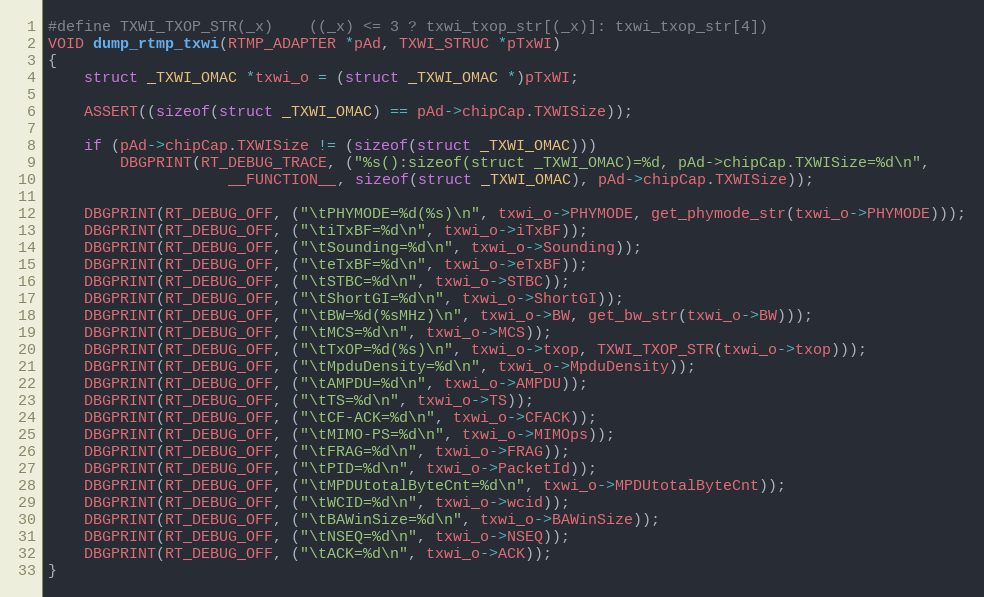
Language: C
#define TXWI_TXOP_STR(_x)	((_x) <= 3 ? txwi_txop_str[(_x)]: txwi_txop_str[4])
VOID dump_rtmp_txwi(RTMP_ADAPTER *pAd, TXWI_STRUC *pTxWI)
{
	struct _TXWI_OMAC *txwi_o = (struct _TXWI_OMAC *)pTxWI;

	ASSERT((sizeof(struct _TXWI_OMAC) == pAd->chipCap.TXWISize));

	if (pAd->chipCap.TXWISize != (sizeof(struct _TXWI_OMAC)))
		DBGPRINT(RT_DEBUG_TRACE, ("%s():sizeof(struct _TXWI_OMAC)=%d, pAd->chipCap.TXWISize=%d\n",
					__FUNCTION__, sizeof(struct _TXWI_OMAC), pAd->chipCap.TXWISize));

	DBGPRINT(RT_DEBUG_OFF, ("\tPHYMODE=%d(%s)\n", txwi_o->PHYMODE, get_phymode_str(txwi_o->PHYMODE)));
	DBGPRINT(RT_DEBUG_OFF, ("\tiTxBF=%d\n", txwi_o->iTxBF));
	DBGPRINT(RT_DEBUG_OFF, ("\tSounding=%d\n", txwi_o->Sounding));
	DBGPRINT(RT_DEBUG_OFF, ("\teTxBF=%d\n", txwi_o->eTxBF));
	DBGPRINT(RT_DEBUG_OFF, ("\tSTBC=%d\n", txwi_o->STBC));
	DBGPRINT(RT_DEBUG_OFF, ("\tShortGI=%d\n", txwi_o->ShortGI));
	DBGPRINT(RT_DEBUG_OFF, ("\tBW=%d(%sMHz)\n", txwi_o->BW, get_bw_str(txwi_o->BW)));
	DBGPRINT(RT_DEBUG_OFF, ("\tMCS=%d\n", txwi_o->MCS));
	DBGPRINT(RT_DEBUG_OFF, ("\tTxOP=%d(%s)\n", txwi_o->txop, TXWI_TXOP_STR(txwi_o->txop)));
	DBGPRINT(RT_DEBUG_OFF, ("\tMpduDensity=%d\n", txwi_o->MpduDensity));
	DBGPRINT(RT_DEBUG_OFF, ("\tAMPDU=%d\n", txwi_o->AMPDU));
	DBGPRINT(RT_DEBUG_OFF, ("\tTS=%d\n", txwi_o->TS));
	DBGPRINT(RT_DEBUG_OFF, ("\tCF-ACK=%d\n", txwi_o->CFACK));
	DBGPRINT(RT_DEBUG_OFF, ("\tMIMO-PS=%d\n", txwi_o->MIMOps));
	DBGPRINT(RT_DEBUG_OFF, ("\tFRAG=%d\n", txwi_o->FRAG));
	DBGPRINT(RT_DEBUG_OFF, ("\tPID=%d\n", txwi_o->PacketId));
	DBGPRINT(RT_DEBUG_OFF, ("\tMPDUtotalByteCnt=%d\n", txwi_o->MPDUtotalByteCnt));
	DBGPRINT(RT_DEBUG_OFF, ("\tWCID=%d\n", txwi_o->wcid));
	DBGPRINT(RT_DEBUG_OFF, ("\tBAWinSize=%d\n", txwi_o->BAWinSize));
	DBGPRINT(RT_DEBUG_OFF, ("\tNSEQ=%d\n", txwi_o->NSEQ));
	DBGPRINT(RT_DEBUG_OFF, ("\tACK=%d\n", txwi_o->ACK));
}